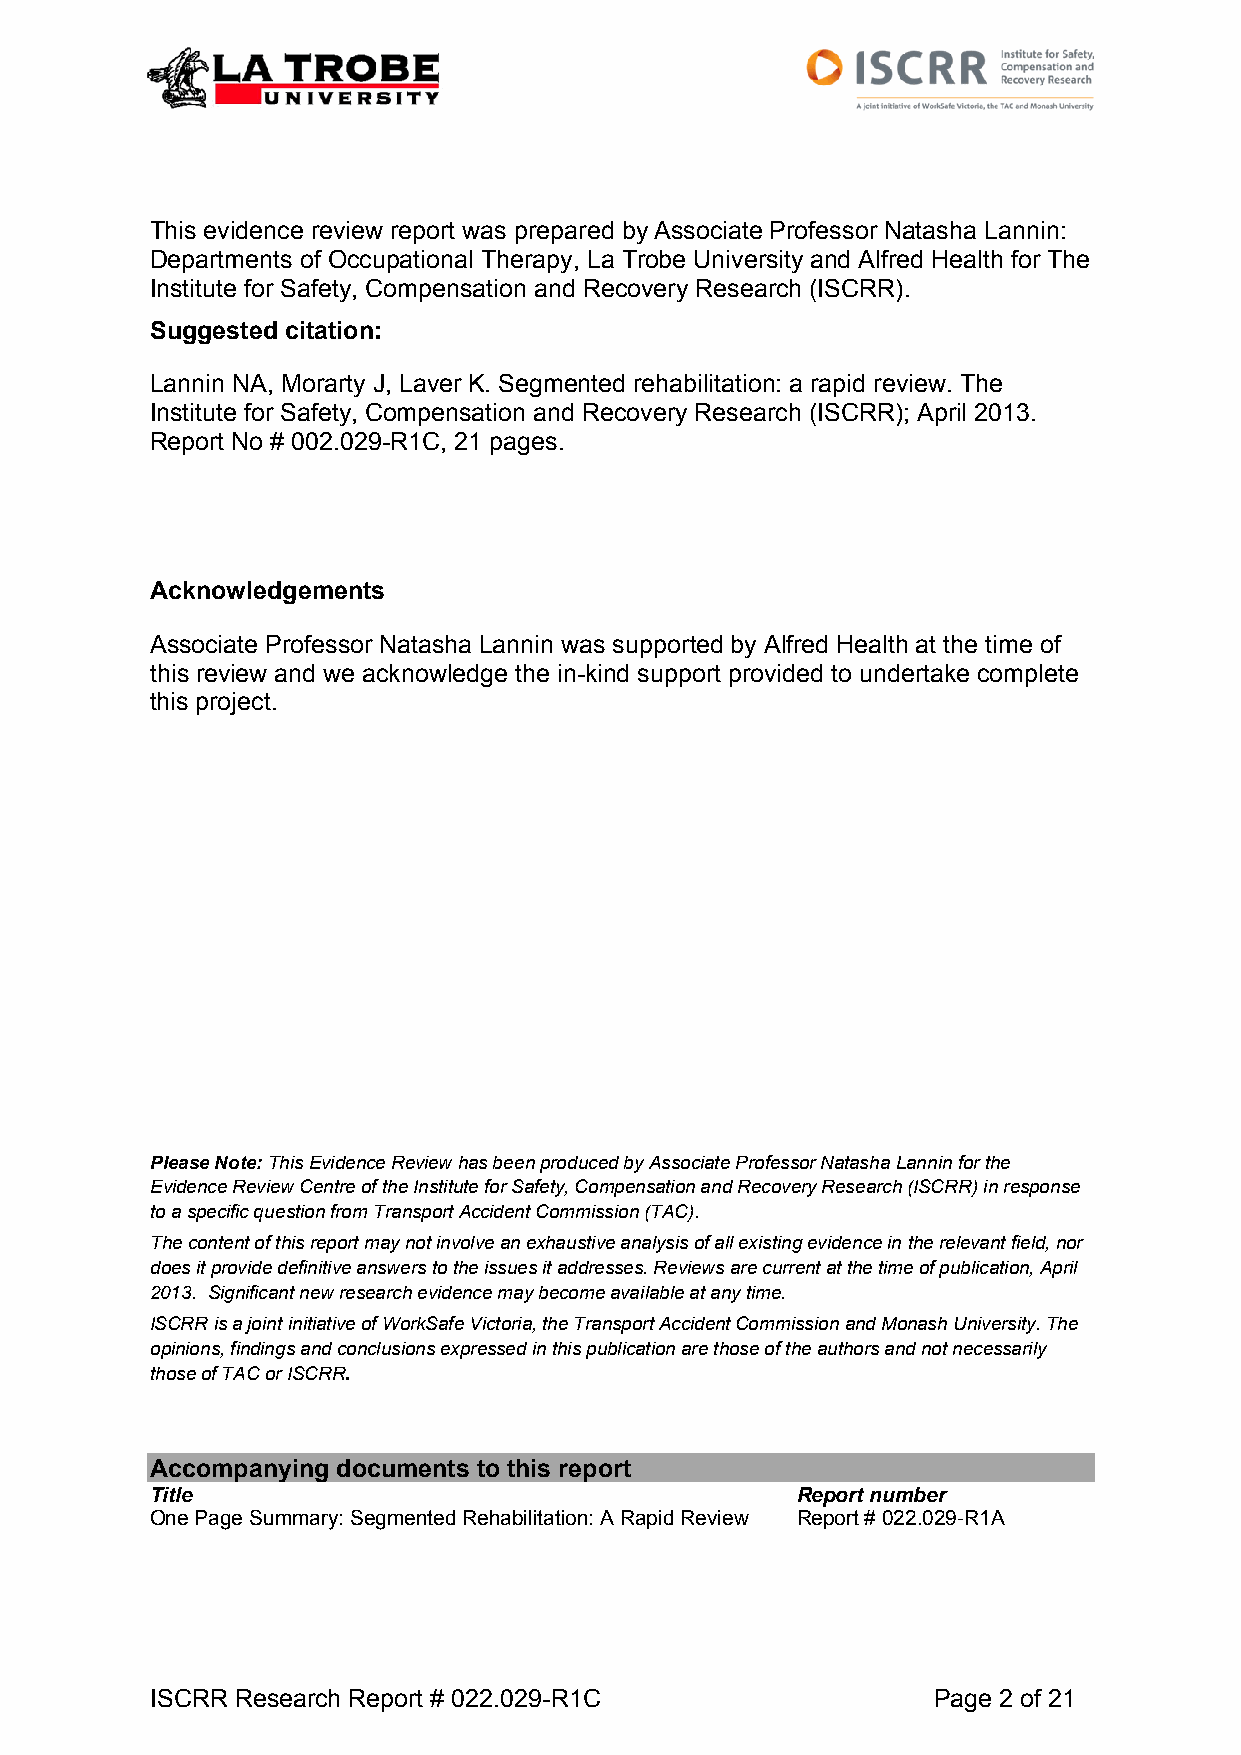
This evidence review report was prepared by Associate Professor Natasha Lannin:
 Departments of Occupational Therapy, La Trobe University and Alfred Health for The
 Institute for Safety, Compensation and Recovery Research (ISCRR).
 Suggested citation:
 Lannin NA, Morarty J, Laver K. Segmented rehabilitation: a rapid review. The
 Institute for Safety, Compensation and Recovery Research (ISCRR); April 2013.
 Report No # 002.029-R1C, 21 pages.
 Acknowledgements
 Associate Professor Natasha Lannin was supported by Alfred Health at the time of
 this review and we acknowledge the in-kind support provided to undertake complete
 this project.
 Please Note: This Evidence Review has been produced by Associate Professor Natasha Lannin for the
 Evidence Review Centre of the Institute for Safety, Compensation and Recovery Research (ISCRR) in response
 to a specific question from Transport Accident Commission (TAC).
 The content of this report may not involve an exhaustive analysis of all existing evidence in the relevant field, nor
 does it provide definitive answers to the issues it addresses. Reviews are current at the time of publication, April
 2013. Significant new research evidence may become available at any time.
 ISCRR is a joint initiative of WorkSafe Victoria, the Transport Accident Commission and Monash University. The
 opinions, findings and conclusions expressed in this publication are those of the authors and not necessarily
 those of TAC or ISCRR.
 Accompanying documents to this report
 Title                                      Report number
 One Page Summary: Segmented Rehabilitation: A Rapid Review Report # 022.029-R1A
 ISCRR Research Report # 022.029-R1C                 Page 2 of 21